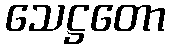
သေဋ္ဌတော